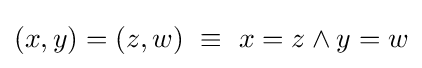
(x,y)=(z,w)\ \equiv \ x=z\wedge y=w